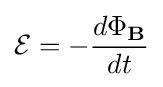
{\mathcal {E}}=-{\frac {d\Phi _{\mathbf {B} }}{dt}}